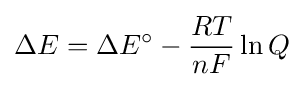
\Delta E=\Delta E^{\circ }-{\frac {RT}{nF}}\ln Q